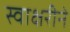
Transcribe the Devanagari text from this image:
स्वाक्षरीने